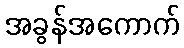
အခွန်အကောက်